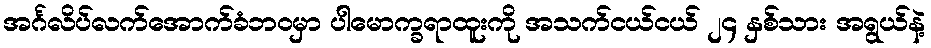
အင်္ဂလိပ်လက်အောက်ခံဘဝမှာ ပါမောက္ခရာထူးကို အသက်ငယ်ငယ် ၂၄ နှစ်သား အရွယ်နဲ့